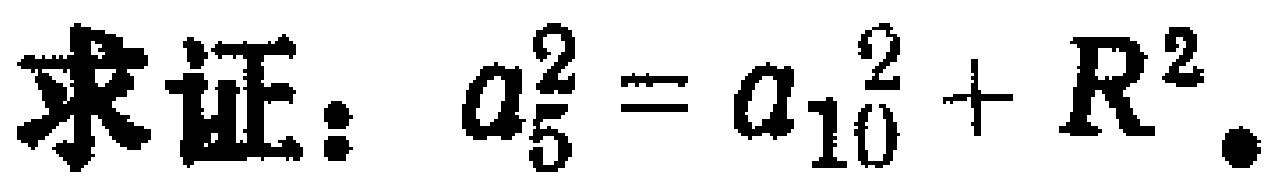
求证：\(a_{5}^{2}=a_{10}^{2}+R^{2}\)。